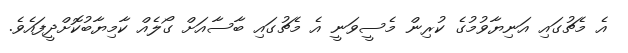
އެ މެޗުގައި އަނިޔާވުމުގެ ކުރިން މެސީވަނީ އެ މެޗުގައި ބާސާއަށް ގޯލެއް ކާމިޔާބުކޮށްދީފައެވެ.